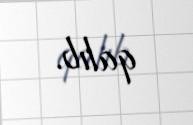
qalıb.